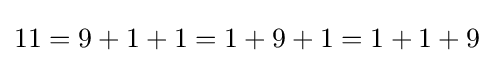
11=9+1+1=1+9+1=1+1+9